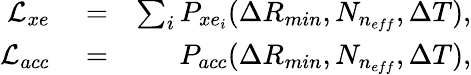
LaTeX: \begin{array}{rlr}{\mathcal{L}_{xe}}&{{}=}&{\sum_{i}P_{xe_{i}}(\Delta R_{min},N_{n_{eff}},\Delta T),}\\ {\mathcal{L}_{acc}}&{{}=}&{P_{acc}(\Delta R_{min},N_{n_{eff}},\Delta T),}\end{array}